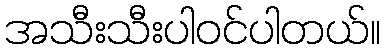
အသီးသီးပါ၀င်ပါတယ်။